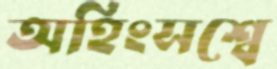
অহিংসশ্বে